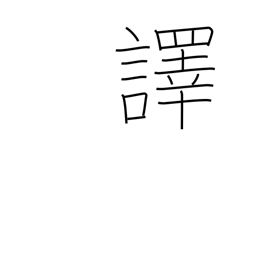
Meaning: translate